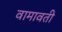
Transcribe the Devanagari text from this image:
वामावती